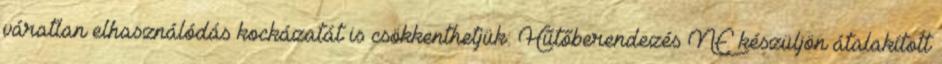
váratlan elhasználódás kockázatát is csökkenthetjük: Hűtőberendezés NE készüljön átalakított